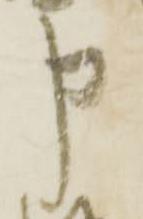
申